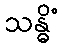
သန္ဓိံ